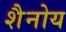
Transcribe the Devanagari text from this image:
शैनोय